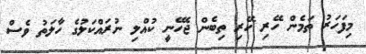
މިފަހަރު ތަމެން ހޭރި ހޭރި ތިބެން ޖެހޭނީ ކުއްލި ނުރައްކަލުގެ ހާލަތު ވެސް